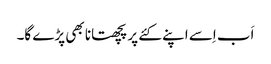
اَب اِسے اپنے کئے پر پچھتانا بھی پڑے گا۔